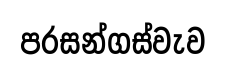
පරසන්ගස්වැව